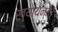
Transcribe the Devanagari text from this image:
ख्यायन्ते।